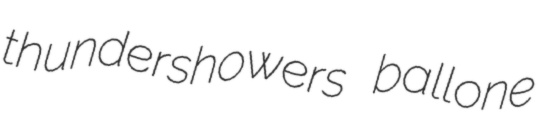
thundershowers ballone